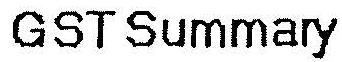
GST SUMMARY